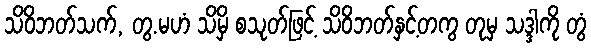
သိဝိဘတ်သက်, တွ.မဟံ သိမှိ စသုတ်ဖြင့် သိဝိဘတ်နှင့်တကွ တုမှ သဒ္ဒါကို တွံ